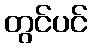
တွင်ပင်